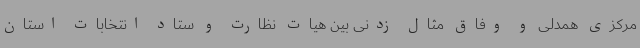
مرکزی همدلی و وفاق مثال زدنی بین هیات نظارت و ستاد انتخابات استان